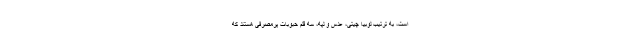
است، به ترتیب لوبیا چیتی، عدس و لپه، سه قلم حبوبات پرمصرفی هستند که